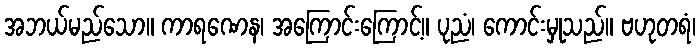
အဘယ်မည်သော။ ကာရဏေန၊ အကြောင်းကြောင့်။ ပုညံ၊ ကောင်းမှုသည်။ ဗဟုတရံ၊